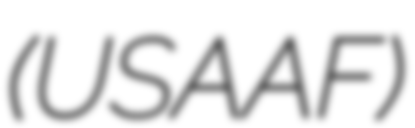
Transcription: (USAAF)